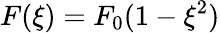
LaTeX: F(\xi)=F_{0}(1-\xi^{2})